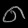
Digit: ၈